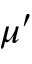
\mu ^ { \prime }